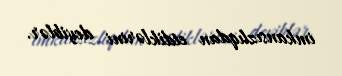
imkansızlıqdan etdiklərini deyiblər.